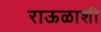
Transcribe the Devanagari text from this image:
राऊळाशी